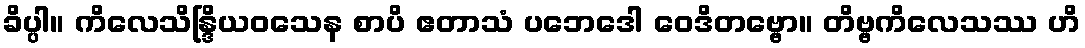
ခိပ္ပါ။ ကိလေသိန္ဒြိယဝသေန စာပိ ဧတာသံ ပဘေဒေါ ဝေဒိတဗ္ဗော။ တိဗ္ဗကိလေသဿ ဟိ